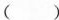
()